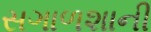
સગાળશાની